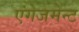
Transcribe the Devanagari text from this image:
एंगेजमेन्ट